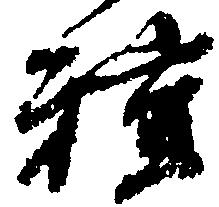
種